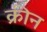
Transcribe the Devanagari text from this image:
क्रीन